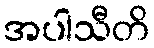
အပါသီတိ